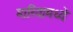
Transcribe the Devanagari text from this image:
मारियामध्ये